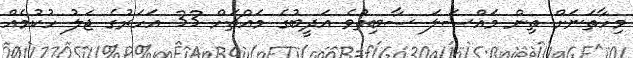
މިހާތަނަށް ތިން މައްސަލަ ސާބިތުވެ އަދީބުގެ މައްޗަށް 33 އަހަރުގެ ޖަލު ހުކުމެއް